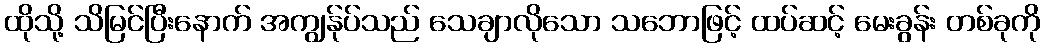
ထိုသို့ သိမြင်ပြီးနောက် အကျွန်ုပ်သည် သေချာလိုသော သဘောဖြင့် ထပ်ဆင့် မေးခွန်း တစ်ခုကို